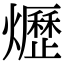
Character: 爏